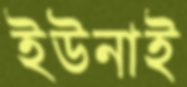
ইউনাই